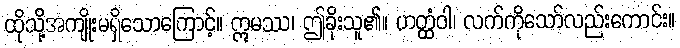
ထိုသို့အကျိုးမရှိသောကြောင့်။ ဣမဿ၊ ဤခိုးသူ၏။ ဟတ္ထံဝါ၊ လက်ကိုသော်လည်းကောင်း။